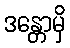
ဒန္တောမှိ